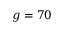
g = 7 0